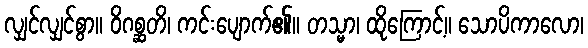
လျှင်လျှင်စွာ။ ဝိဂစ္ဆတိ၊ ကင်းပျောက်၏။ တသ္မာ၊ ထိုကြောင့်။ သောပိကာလော၊